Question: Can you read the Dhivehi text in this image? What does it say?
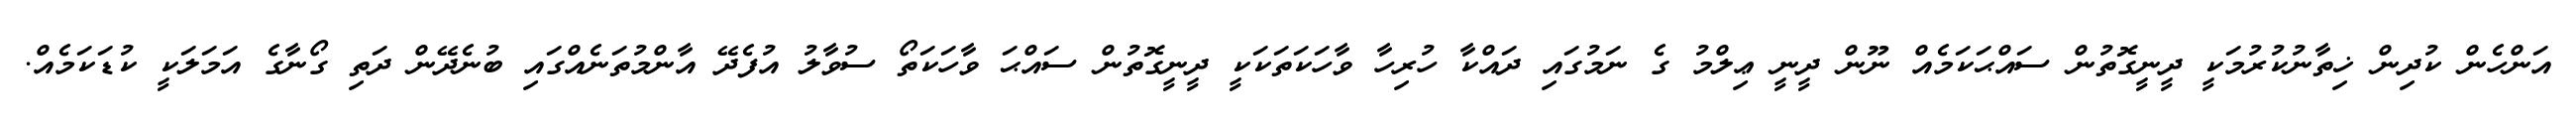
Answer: އަންހެން ކުދިން ޚިތާނުކުރުމަކީ ދީނީގޮތުން ސައްޙަކަމެއް ނޫން ދީނީ ޢިލްމު ގެ ނަމުގައި ދައްކާ ހުރިހާ ވާހަކަތަކަކީ ދީނީގޮތުން ސައްޙަ ވާހަކަތޯ ސުވާލު އުފެދޭ އާންމުތަނެއްގައި ބުނެދޭން ދަތި ގޯނާގެ އަމަލަކީ ކުޑަކަމެއް.